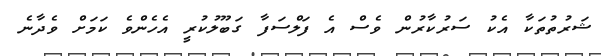
ޝަރުތުތަކާ އެކު ސަރުކާރުން ވެސް އެ ފަލްސަފާ ގަބޫލުކުރީ އެހެންވެ ކަމަށް ވެދާނެ